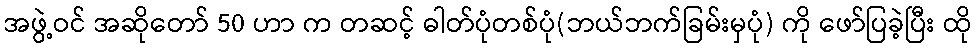
အဖွဲ့ဝင် အဆိုတော် 50 ဟာ က တဆင့် ဓါတ်ပုံတစ်ပုံ(ဘယ်ဘက်ခြမ်းမှပုံ) ကို ဖော်ပြခဲ့ပြီး ထို